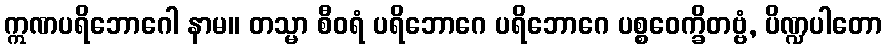
ဣဏပရိဘောဂေါ နာမ။ တသ္မာ စီဝရံ ပရိဘောဂေ ပရိဘောဂေ ပစ္စဝေက္ခိတဗ္ဗံ, ပိဏ္ဍပါတော